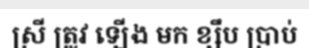
ស្រី ត្រូវ ឡើង មក ខ្សឹប ប្រាប់